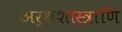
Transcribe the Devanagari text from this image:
अर्थशास्त्राणि